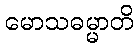
မောသဓမ္မာတိ